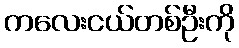
ကလေးငယ်တစ်ဦးကို